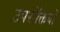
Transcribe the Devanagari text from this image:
उपरोक्तियों